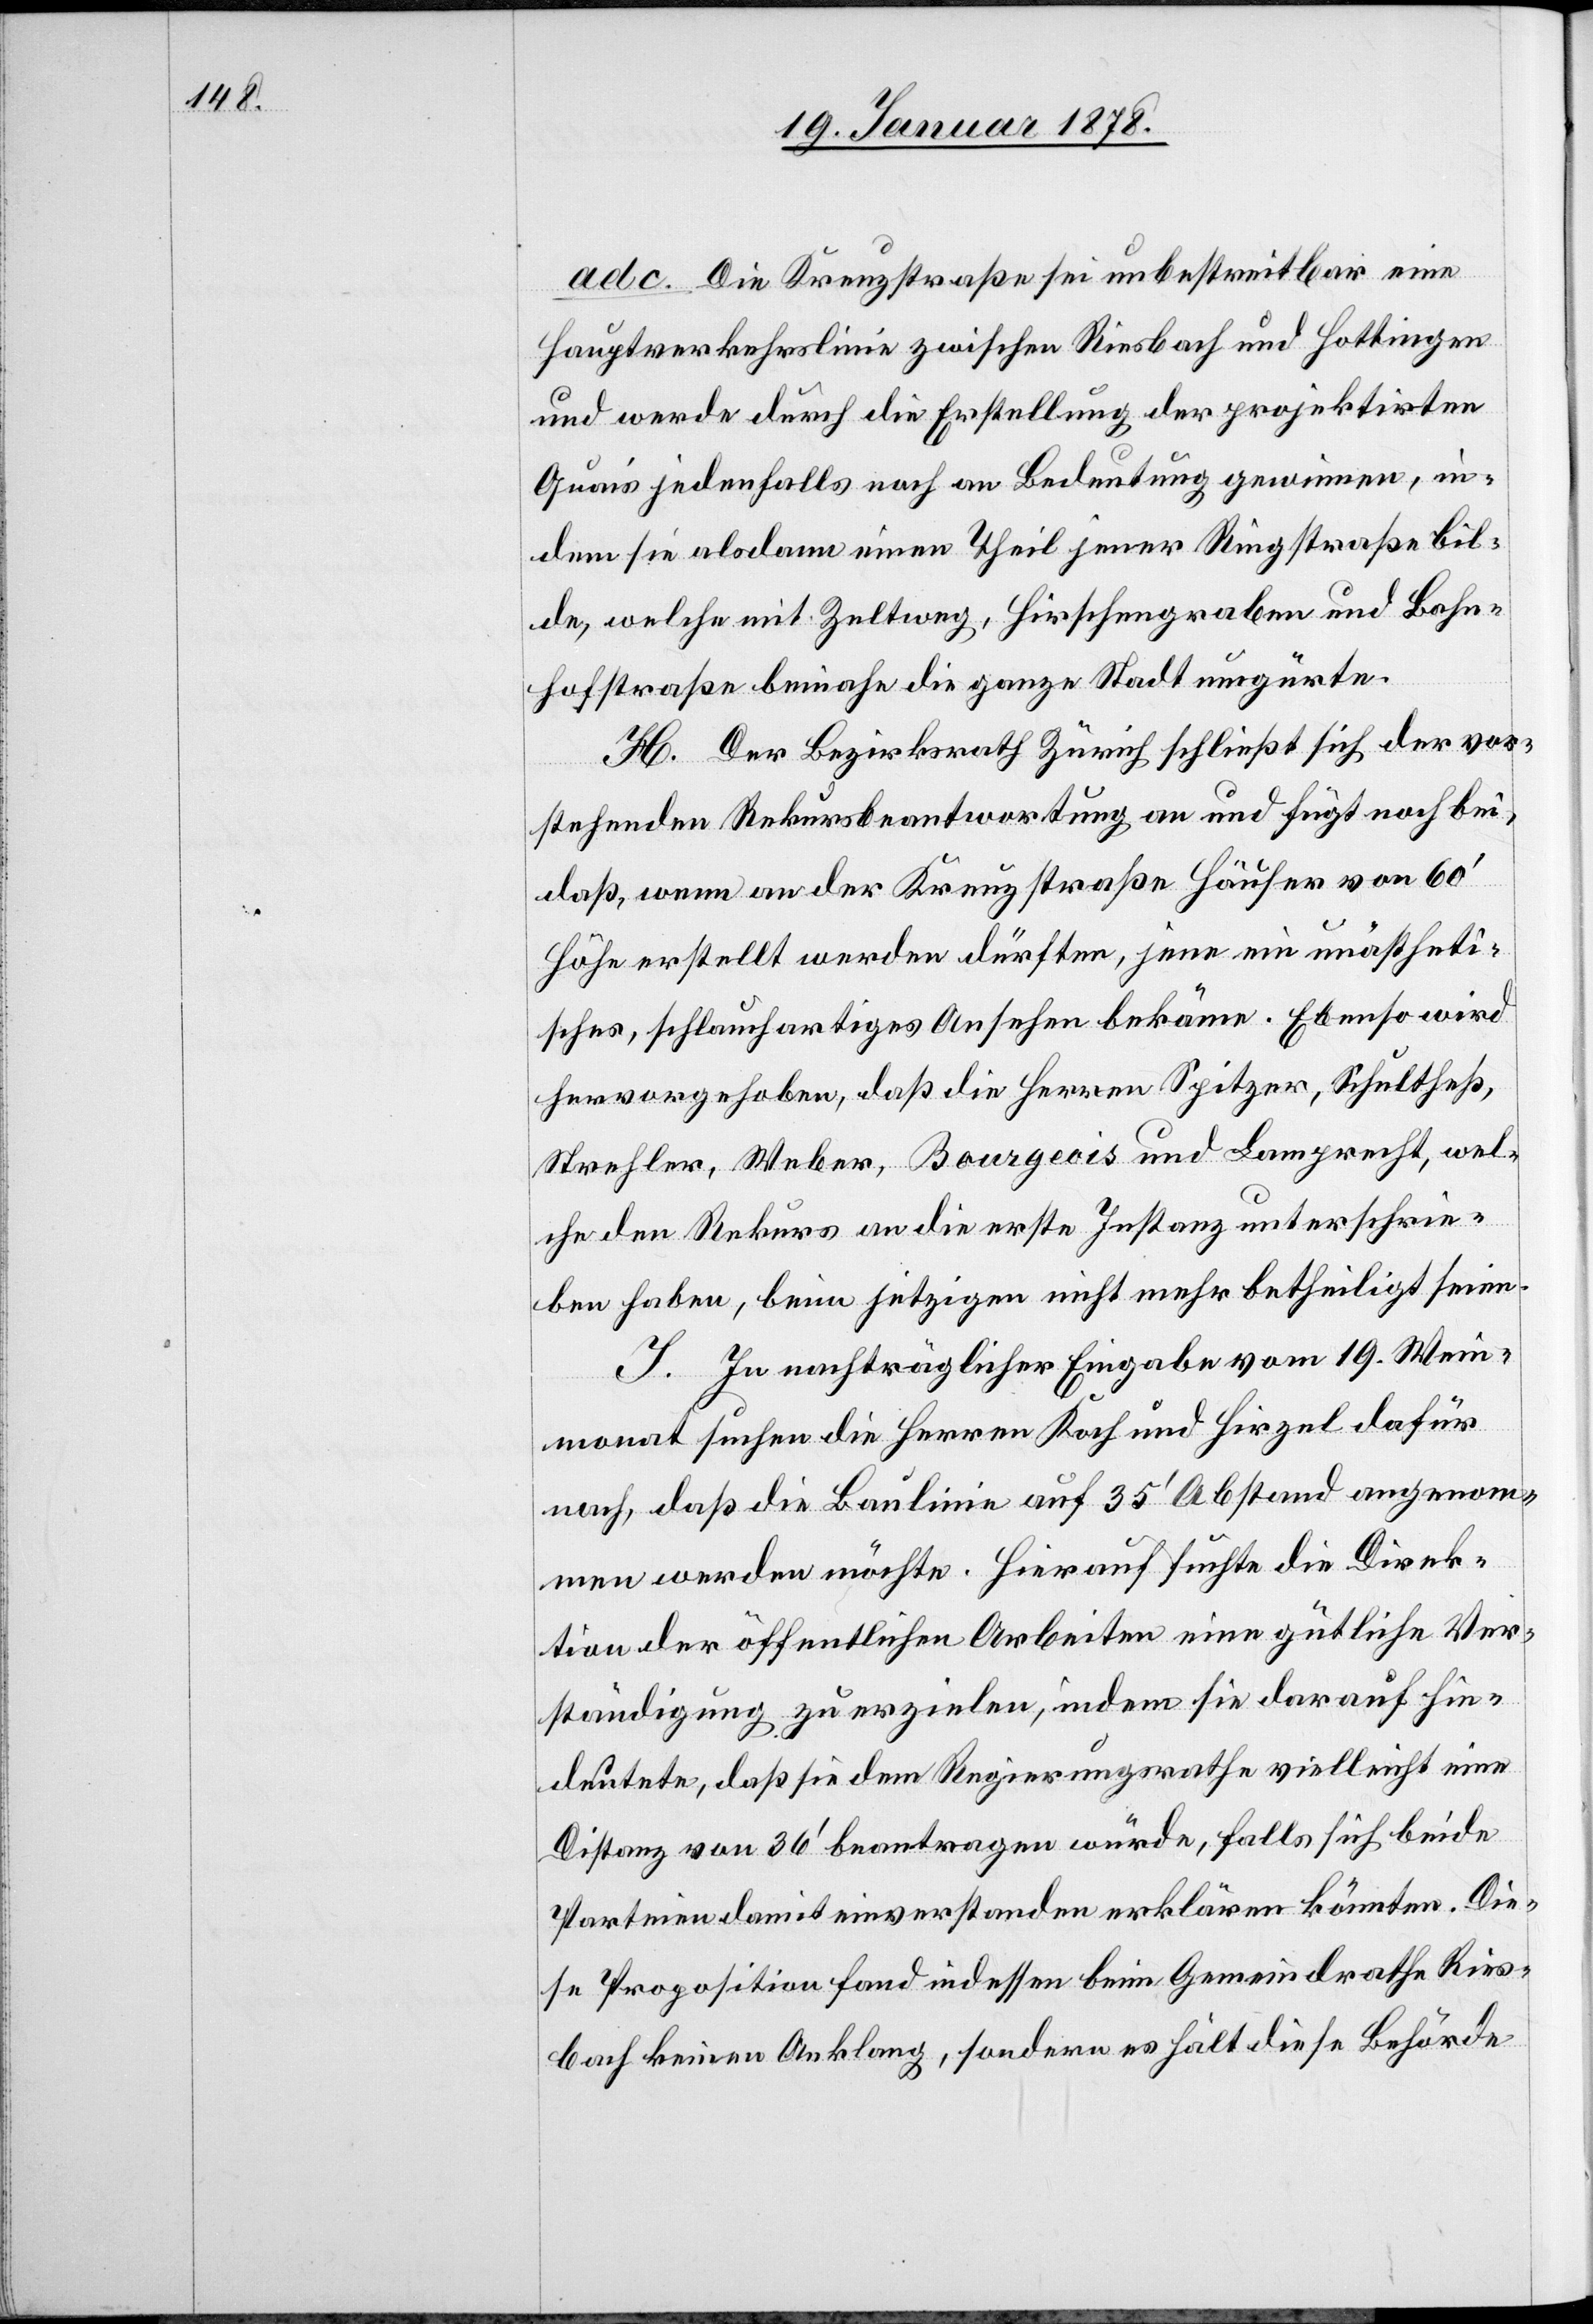
ad c. Die Kreuzstraße sei unbestreitbar eine
Hauptverkehrslinie zwischen Riesbach und Hottingen
und werde durch die Erstellung der projektirten
Quais jedenfalls noch an Bedeutung gewinnen, in¬
dem sie alsdann einen Theil jener Ringstraße bil¬
de, welche mit Zeltweg, Hirschengraben, und Bahn¬
hofstraße beinahe die ganze Stadt umgürte.
H. Der Bezirksrath Zürich schließt sich der vor¬
stehenden Rekursbeantwortung an und fügt noch bei,
daß, wenn an der Kreuzstraße Häuser von 60’
Höhe erstellt werden dürften, jene ein unästheti¬
sches, schlauchartiges Ansehen bekäme. Ebenso wird
hervorgehoben, daß die Herren Spitzer, Schultheß,
Strehler, Weber, Bourgeois und Lamprecht, wel¬
che den Rekurs an die erste Instanz unterschrie¬
ben haben, beim jetzigen nicht mehr betheiligt seien.
I. In nachträglicher Eingabe vom 19. Wein¬
monat suchen die Herren Koch und Hirzel dafür
nach, daß die Baulinie auf 35’ Abstand angenom¬
men werden möchte. Hierauf suchte die Direk¬
tion der öffentlichen Arbeiten eine gütliche Ver¬
ständigung zu erzielen, indem sie darauf hin¬
deutete, daß sie dem Regierungsrathe vielleicht eine
Distanz von 36’ beantragen würde, falls sich beide
Parteien damit einverstanden erklären könnten. Die¬
se Proposition fand indessen beim Gemeindrath Ries¬
bach keinen Anklang, sondern es hält diese Behörde